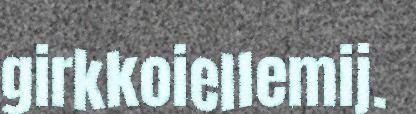
girkkoiellemij.